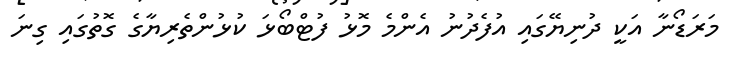
މަރަޑޯނާ އަކީ ދުނިޔޭގައި އުފެދުނު އެންމެ މޮޅު ފުޓްބޯޅަ ކުޅުންތެރިޔާގެ ގޮތުގައި ގިނަ